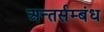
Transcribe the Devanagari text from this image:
अन्तर्सम्बंध